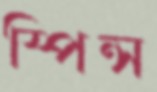
স্পিন্স